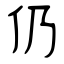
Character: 仍